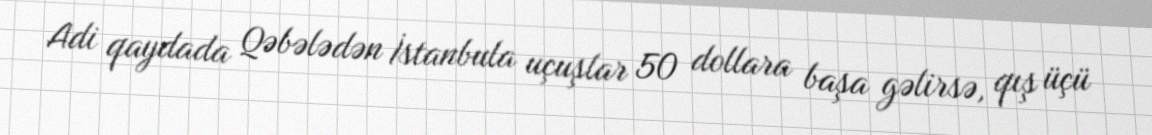
Adi qaydada Qəbələdən İstanbula uçuşlar 50 dollara başa gəlirsə, qış üçü